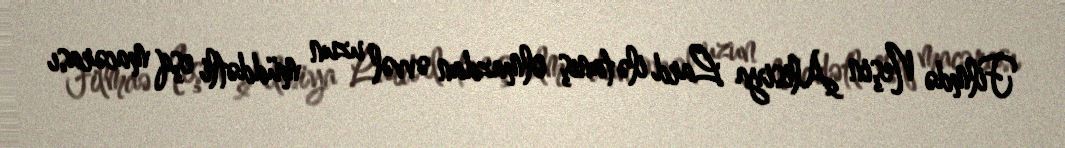
Filmdə Neşin Alisiya Lard ilə tanış olmazdan əvvəl uzun müddətli eşq macərası